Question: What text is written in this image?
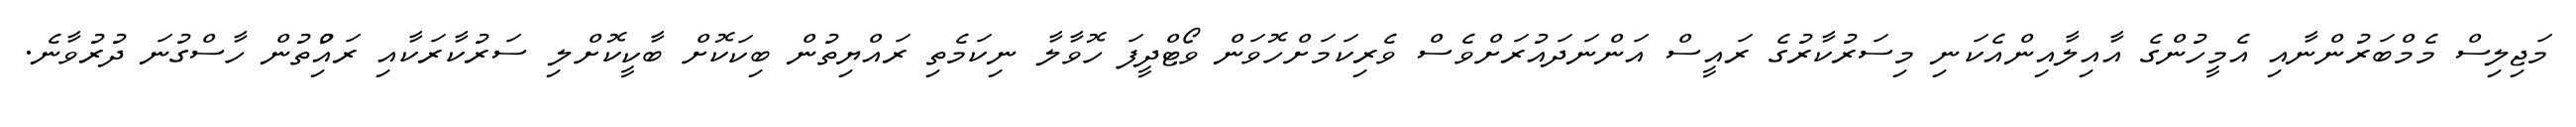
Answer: މަޖިލިސް މެމްބަރުންނާއި އެމީހުންގެ އާއިލާއިންއެކަނި މިސަރުކާރުގެ ރައީސް އަންނަދައުރަށްވެސް ވެރިކަމަށްހޮވަން ވޯޓްދީފަ ހޮވާލާ ނިކަމެތި ރައްޔިތުން ބިކަކޮށް ބާކީކޮށްލި ސަރުކާރަކާއި ރައްުިތުން ހާސްގުނަ ދުރުވާނެ.